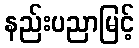
နည်းပညာမြင့်